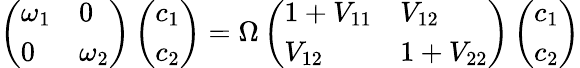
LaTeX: \left(\begin{array}{ll}{\omega_{1}}&{0}\\ {0}&{\omega_{2}}\end{array}\right)\left(\begin{array}{l}{c_{1}}\\ {c_{2}}\end{array}\right)=\Omega\left(\begin{array}{ll}{1+V_{11}}&{V_{12}}\\ {V_{12}}&{1+V_{22}}\end{array}\right)\left(\begin{array}{l}{c_{1}}\\ {c_{2}}\end{array}\right)